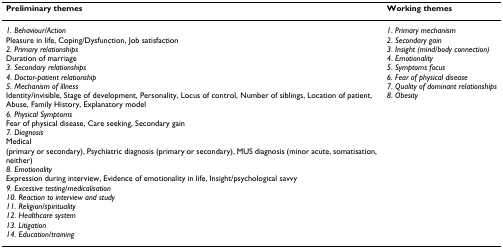
| Preliminary themes | Working themes |
 | --- | --- |
 | 1. Behaviour/ActionPleasure in life, Coping/Dysfunction, Job satisfaction2. Primary relationshipsDuration of marriage3. Secondary relationships4. Doctor-patient relationship5. Mechanism of illnessIdentity/invisible, Stage of development, Personality, Locus of control, Number of siblings, Location of patient, Abuse, Family History, Explanatory model6. Physical SymptomsFear of physical disease, Care seeking, Secondary gain7. DiagnosisMedical (primary or secondary), Psychiatric diagnosis (primary or secondary), MUS diagnosis (minor acute, somatisation, neither)8. EmotionalityExpression during interview, Evidence of emotionality in life, Insight/psychological savvy9. Excessive testing/medicalisation10. Reaction to interview and study11. Religion/spirituality12. Healthcare system13. Litigation14. Education/training | 1. Primary mechanism2. Secondary gain3. Insight (mind/body connection)4. Emotionality5. Symptoms focus6. Fear of physical disease7. Quality of dominant relationships8. Obesity |